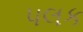
પલક